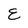
Character: E